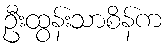
ဦးထွန်းသာစိန်က